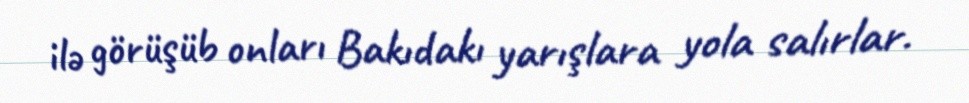
ilə görüşüb onları Bakıdakı yarışlara yola salırlar.